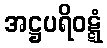
အဋ္ဌပရိဝဋ္ဋံ